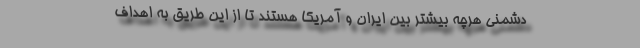
دشمنی هرچه بیشتر بین ایران و آمریکا هستند تا از این طریق به اهداف